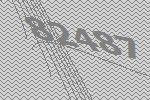
82487